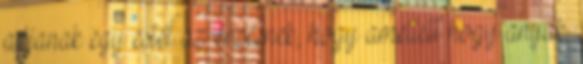
adjanak egy estét az érzésnek, hogy amellett hogy anyák,